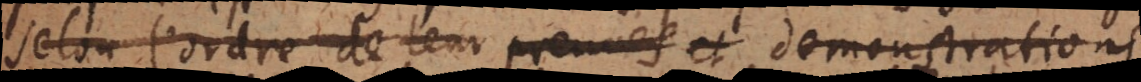
selon l’ordre de leur preuves et demonstrations